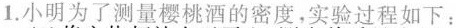
1.小明为了测量樱桃酒的密度，实验过程如下：